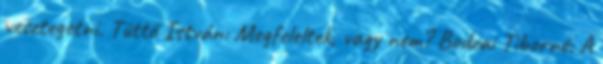
vesztegetni. Tüttő István: Megfeleltek, vagy nem? Bodzai Tiborné: A